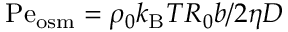
\mathrm { P e } _ { \mathrm { o s m } } = \rho _ { 0 } k _ { \mathrm { B } } T R _ { 0 } b / 2 \eta D